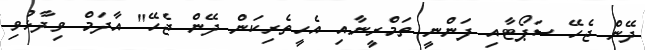
ދޭން ޖެހޭ ސަޕޯޓާއި ފަންނީ ތަމްރީނާއި އެހީތެރިކަން ދޭން ޖެހޭ" އާދަމް ވިދާޅުވި